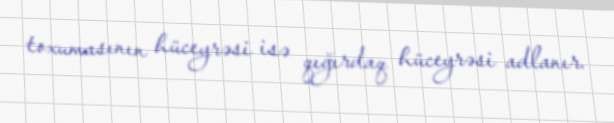
toxumasının hüceyrəsi isə qığırdaq hüceyrəsi adlanır.